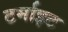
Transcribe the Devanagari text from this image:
टर्माइट